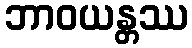
ဘာဝယန္တဿ